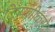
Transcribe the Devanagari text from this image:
टिप्पणीकरों